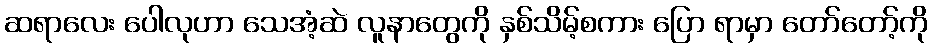
ဆရာလေး ပေါလုဟာ သေအံ့ဆဲ လူနာတွေကို နှစ်သိမ့်စကား ပြော ရာမှာ တော်တော့်ကို